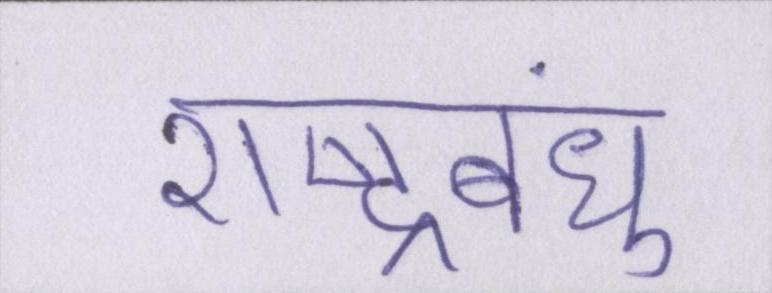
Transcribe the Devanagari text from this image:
राष्ट्रबंधु